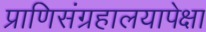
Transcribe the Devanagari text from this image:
प्राणिसंग्रहालयापेक्षा